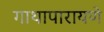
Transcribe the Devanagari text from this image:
गाथापारायणे